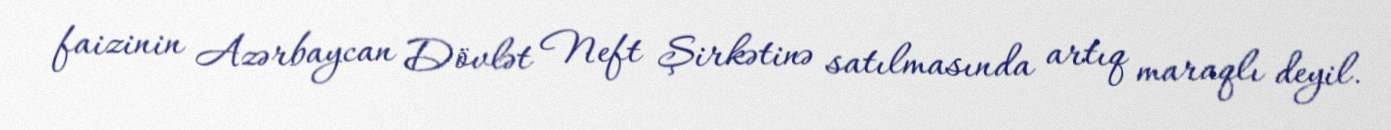
faizinin Azərbaycan Dövlət Neft Şirkətinə satılmasında artıq maraqlı deyil.